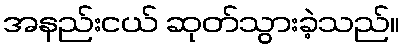
အနည်းငယ် ဆုတ်သွားခဲ့သည်။